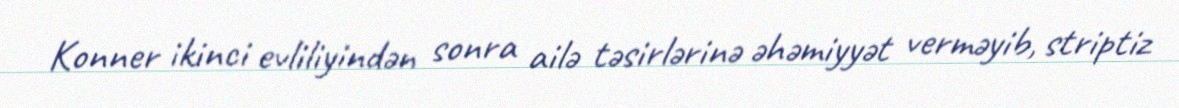
Konner ikinci evliliyindən sonra ailə təsirlərinə əhəmiyyət verməyib, striptiz